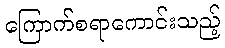
ကြောက်စရာကောင်းသည့်